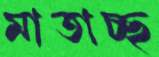
মাতাচ্ছ